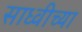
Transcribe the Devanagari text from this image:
साध्वीच्या